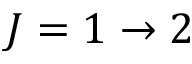
J = 1 \rightarrow 2